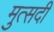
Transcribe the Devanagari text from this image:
मुत्सदी